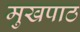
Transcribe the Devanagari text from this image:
मुखपाठ